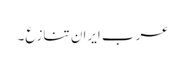
عرب ایران تنازع۔